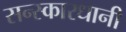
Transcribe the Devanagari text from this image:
सन्स्कारधानी